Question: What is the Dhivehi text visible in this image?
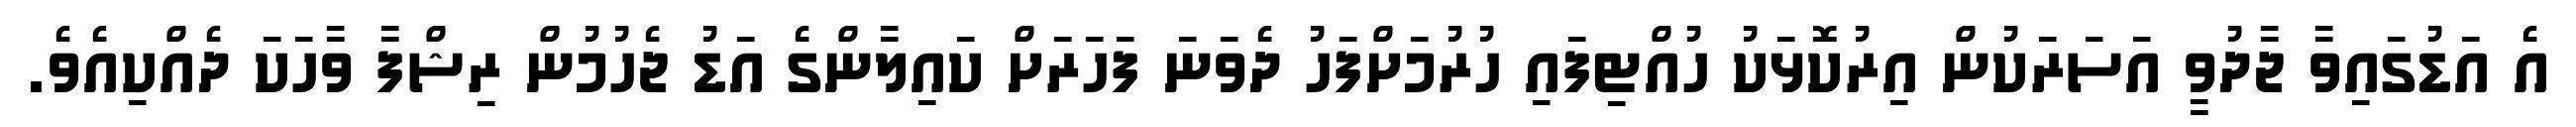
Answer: އެ އަޑުގައިވާ ޖާދުވީ އަސަރަކުން އިރުކޮޅަކު ހުއްޓިފައި ހުރުމަށްފަހު ދެވަނަ ފަހަރަށް ކައިލާންގެ އަޑު ޖެހުމުން ރިޝްފާ ވާހަކަ ދެއްކިއެވެ.